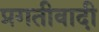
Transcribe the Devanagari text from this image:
प्रगतीवादी